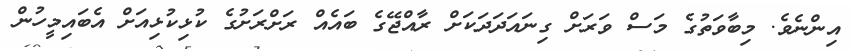
އިންނެވެ. މިބާވަތުގެ މަސް ވަރަށް ގިނައަދަދަކަށް ރާއްޖޭގެ ބައެއް ރަށްރަށުގެ ކުޅިކުޅިއަށް އެބައިމީހުން